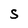
Character: S